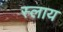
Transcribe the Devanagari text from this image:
स्लाय